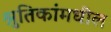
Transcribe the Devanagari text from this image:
श्रुतिकांमधील